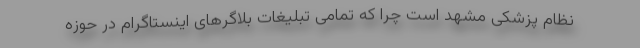
نظام پزشکی مشهد است چرا که تمامی تبلیغات بلاگرهای اینستاگرام در حوزه